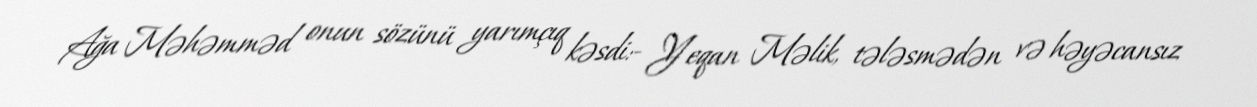
Ağa Məhəmməd onun sözünü yarımçıq kəsdi:- Yeqan Məlik, tələsmədən və həyəcansız